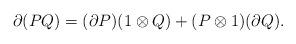
LaTeX: \begin{align*} \partial (P Q)=(\partial P)(1\otimes Q)+(P\otimes 1)(\partial Q).\end{align*}